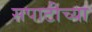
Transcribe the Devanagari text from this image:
सपाटीच्या